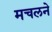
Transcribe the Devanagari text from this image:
मचलने